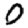
Digit: 0